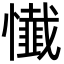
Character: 懴